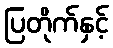
ပြတိုက်နှင့်